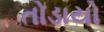
તોડાયો